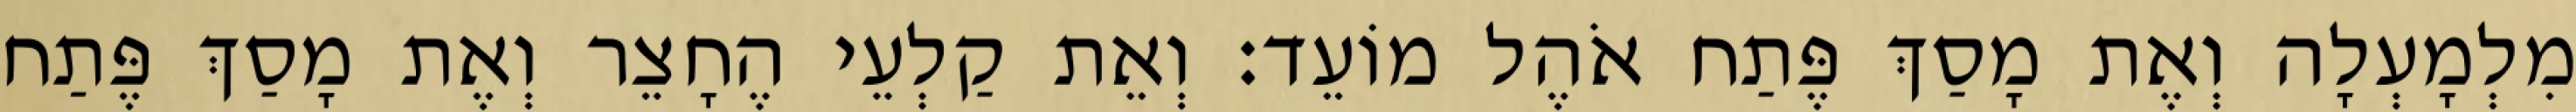
מִלְמָעְלָה וְאֶת מָסַךְ פֶּתַח אֹהֶל מוֹעֵד׃ וְאֵת קַלְעֵי הֶחָצֵר וְאֶת מָסַךְ פֶּתַח